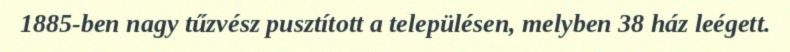
1885-ben nagy tűzvész pusztított a településen, melyben 38 ház leégett.